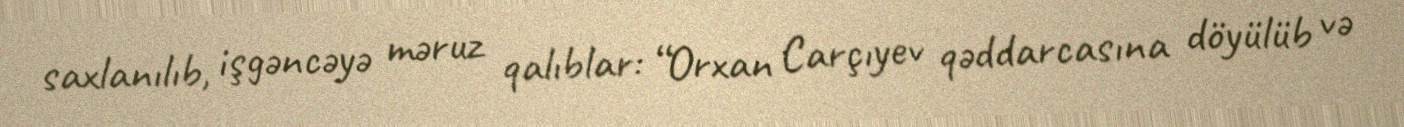
saxlanılıb, işgəncəyə məruz qalıblar: “Orxan Carçıyev qəddarcasına döyülüb və